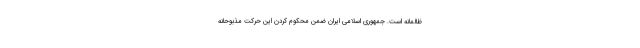
ظالمانه است. جمهوری اسلامی ایران ضمن محکوم کردن این حرکت مذبوحانه